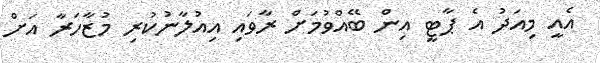
އެއީ މިއަދު އެ ޕާޓީ އިން ބޭއްވުމަށް ރާވައި އިއުލާނުކުރި މުޒާހަރާ އަށް